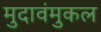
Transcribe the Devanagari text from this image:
मुदावंमुकल